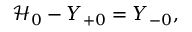
\mathcal { H } _ { 0 } - Y _ { + 0 } = Y _ { - 0 } ,